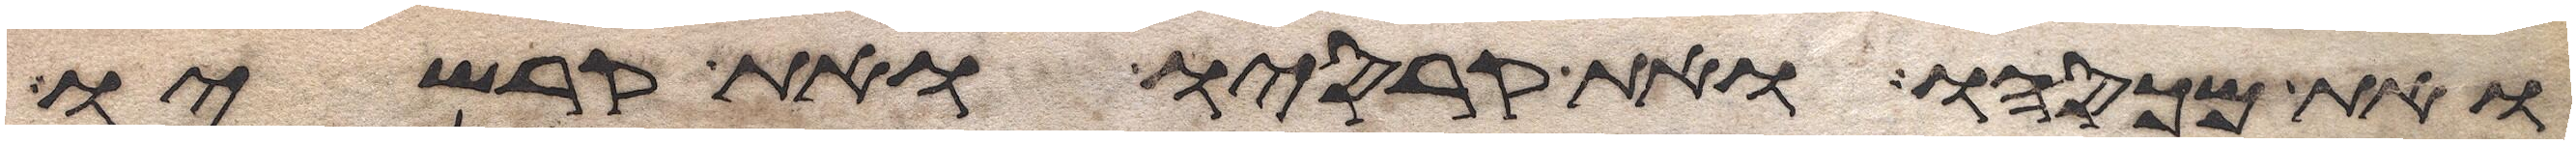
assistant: ואת מכסהו ואת קרסיו ואת קרשיו